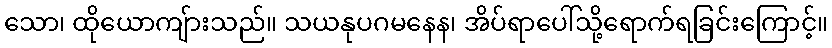
သော၊ ထိုယောကျ်ားသည်။ သယနုပဂမနေန၊ အိပ်ရာပေါ်သို့ရောက်ရခြင်းကြောင့်။